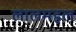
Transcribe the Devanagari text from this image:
लालमहल